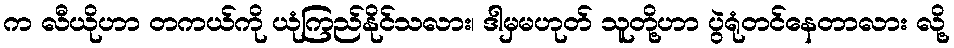
က လီယိုဟာ တကယ်ကို ယုံကြည်နိုင်သလား၊ ဒါမှမဟုတ် သူတို့ဟာ ပွဲရုံတင်နေတာလား လို့